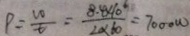
P = \frac { w } { t } = \frac { 8 . 4 \times 1 0 ^ { 6 } } { 2 \times 6 0 } = 7 0 0 0 w